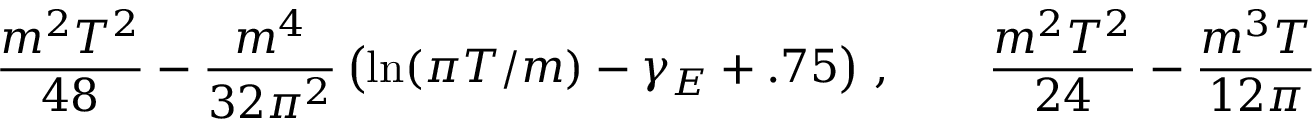
\frac { m ^ { 2 } T ^ { 2 } } { 4 8 } - \frac { m ^ { 4 } } { 3 2 \pi ^ { 2 } } \left( \ln ( \pi T / m ) - \gamma _ { E } + . 7 5 \right) \, , \qquad \frac { m ^ { 2 } T ^ { 2 } } { 2 4 } - \frac { m ^ { 3 } T } { 1 2 \pi }